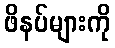
ဖိနပ်များကို